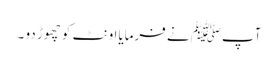
آپﷺ نے فرمایااونٹ کو چھوڑ دو ۔